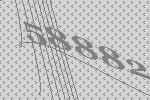
58882